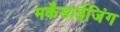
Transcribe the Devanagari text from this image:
मर्केंडाईजिंग